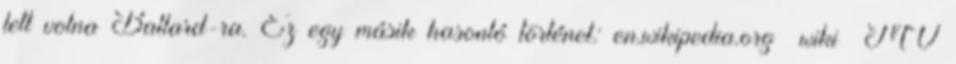
lett volna Ballard-ra. Ez egy másik hasonló történet: en.wikipedia.org wiki MV